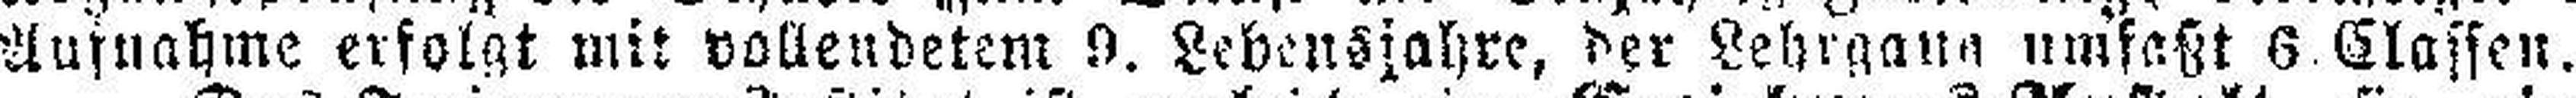
Aufnahme erfolgt mit vollendetem 9. Lebensjahre, der Lehrgang umfaßt 8 Classen.